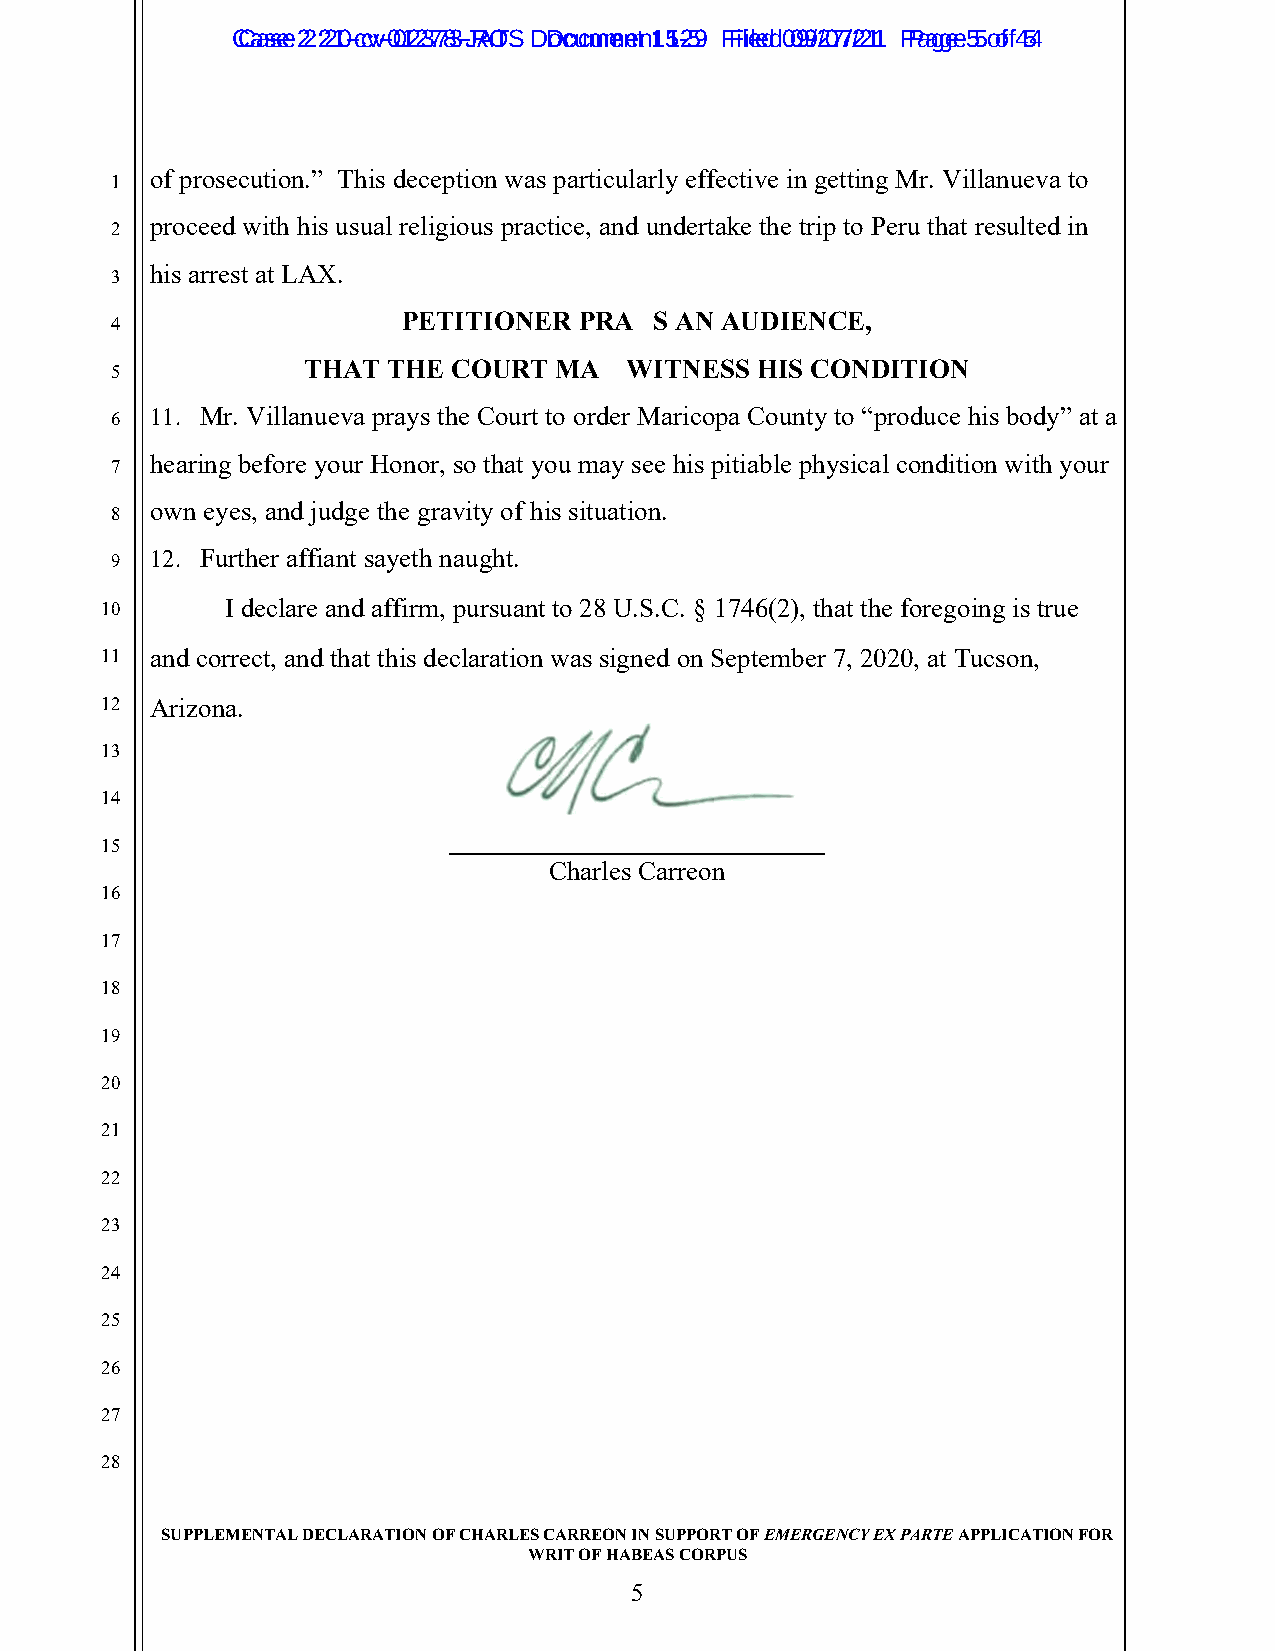
CCaassee 22::2210--ccvv--0012237783--JRAOTS D Docoucmumenetn 1t 51-259 F Filieledd 0 099/2/077/2/211 P Paaggee 5 5 o of f4 54
 of prosecution.” This deception was particularly effective in getting Mr. Villanueva to
 1
 proceed with his usual religious practice, and undertake the trip to Peru that resulted in
 2
 his arrest at LAX.
 3
 PETITIONER PRAYS  AN AUDIENCE,
 4
 THAT  THE COURT  MAY  WITNESS HIS CONDITION
 5
 6  11. Mr. Villanueva prays the Court to order Maricopa County to “produce his body” at a
 hearing before your Honor, so that you may see his pitiable physical condition with your
 7
 own eyes, and judge the gravity of his situation.
 8
 9  12. Further affiant sayeth naught.
 10      I declare and affirm, pursuant to 28 U.S.C. § 1746(2), that the foregoing is true
 11 and correct, and that this declaration was signed on September 7, 2020, at Tucson,
 12 Arizona.
 13
 14
 15
 Charles Carreon
 16
 17
 18
 19
 20
 21
 22
 23
 24
 25
 26
 27
 28
 SUPPLEMENTAL DECLARATION OF CHARLES CARREON IN SUPPORT OF EMERGENCY EX PARTE APPLICATION FOR
 WRIT OF HABEAS CORPUS
 5